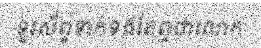
ទូរស័ព្ទទាក់ទងតែឮថាលោក